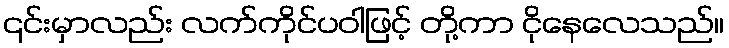
၎င်းမှာလည်း လက်ကိုင်ပဝါဖြင့် တို့ကာ ငိုနေလေသည်။